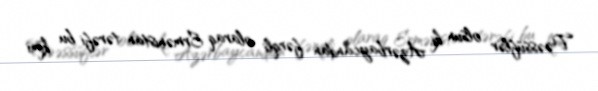
Təəssüflər olsun ki, Azərbaycandan fərqli olaraq Ermənistan tərəfi bu kimi